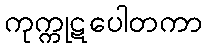
ကုက္ကုဋပေါတကာ